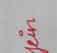
Signature authenticity: genuine